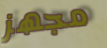
مجهز